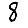
Digit: 8